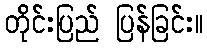
တိုင်းပြည် ပြန်ခြင်း။